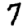
Digit: 7